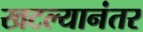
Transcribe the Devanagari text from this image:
खटल्यानंतर